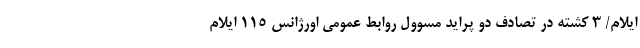
ایلام/ 3 کشته در تصادف دو پراید مسوول روابط عمومی اورژانس ۱۱۵ ایلام